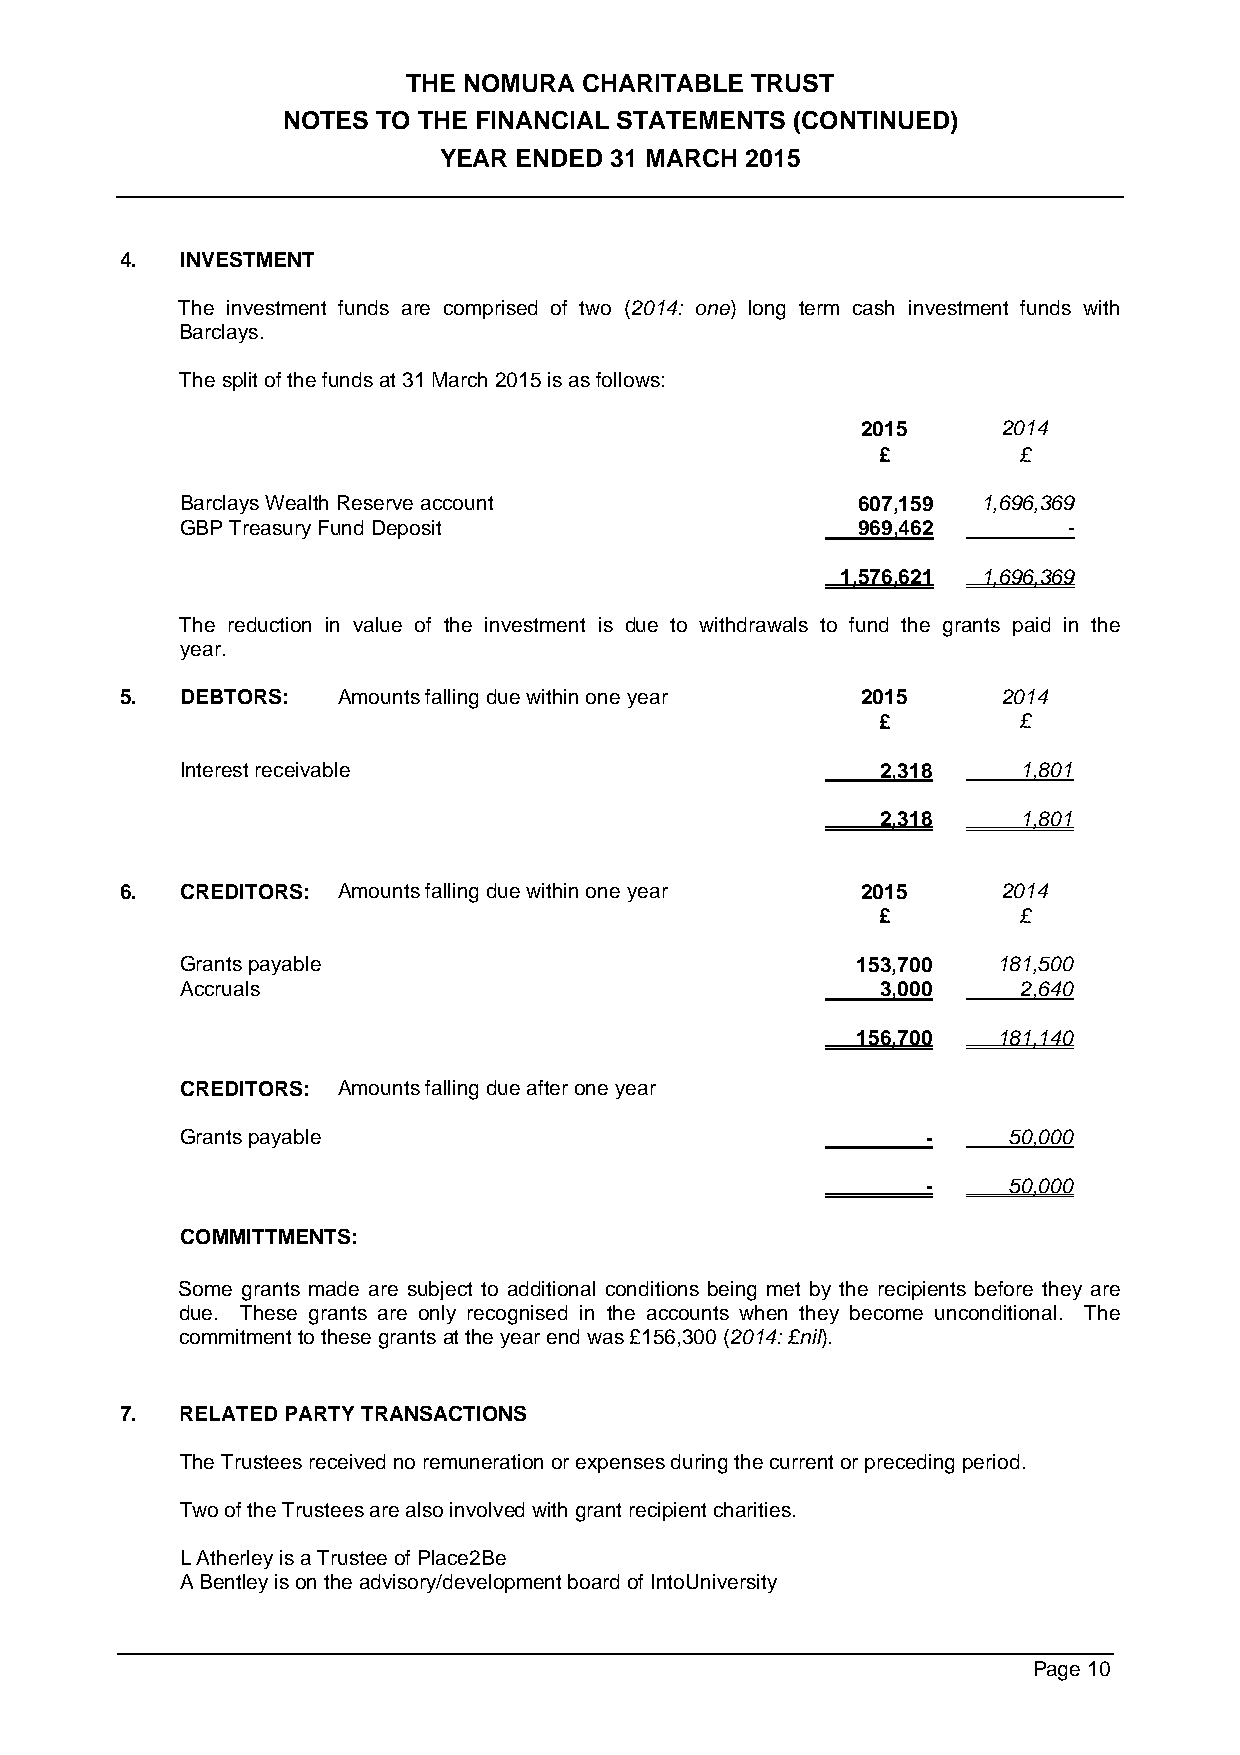
THE NOMURA  CHARITABLE TRUST
 NOTES TO THE FINANCIAL STATEMENTS (CONTINUED)
 YEAR ENDED 31 MARCH 2015
 4.  INVESTMENT
 The investment funds are comprised of two (2014: one) long term cash investment funds with
 Barclays.
 The split of the funds at 31 March 2015 is as follows:
 2015     2014
 £        £
 Barclays Wealth Reserve account              607,159 1,696,369
 GBP Treasury Fund Deposit                    969,462       -
 1,576,621 1,696,369
 The reduction in value of the investment is due to withdrawals to fund the grants paid in the
 year.
 5.  DEBTORS:  Amounts falling due within one year 2015    2014
 £        £
 Interest receivable                           2,318     1,801
 2,318     1,801
 6.  CREDITORS: Amounts falling due within one year 2015   2014
 £        £
 Grants payable                               153,700  181,500
 Accruals                                      3,000     2,640
 156,700  181,140
 CREDITORS: Amounts falling due after one year
 Grants payable                                   -     50,000
 -     50,000
 COMMITTMENTS:
 Some grants made are subject to additional conditions being met by the recipients before they are
 due. These grants are only recognised in the accounts when they become unconditional. The
 commitment to these grants at the year end was £156,300 (2014: £nil).
 7.  RELATED PARTY TRANSACTIONS
 The Trustees received no remuneration or expenses during the current or preceding period.
 Two of the Trustees are also involved with grant recipient charities.
 L Atherley is a Trustee of Place2Be
 A Bentley is on the advisory/development board of IntoUniversity
 Page 10